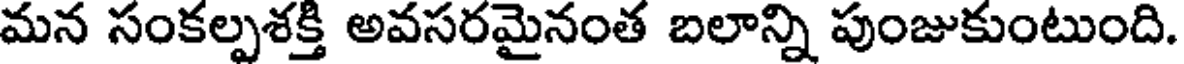
మన సంకల్పశక్తి అవసరమైనంత బలాన్ని పుంజుకుంటుంది.